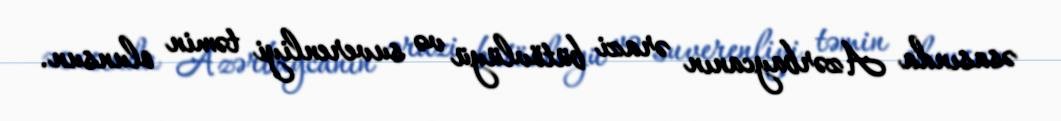
əsasında Azərbaycanın ərazi bütövlüyü və suverenliyi təmin olunsun.